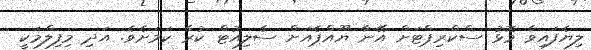
ލިޔެފައިވާ މޮޅު ސްކްރިޕްޓަށް އޭނާ ޔޫއްޕެއަށް ސެލިއުޓް ކުރާ ކަމަށެވެ. އަދި މިފިލްމަކީ